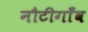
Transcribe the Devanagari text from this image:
नौटीगाँव